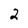
Character: 2